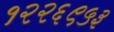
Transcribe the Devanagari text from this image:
१२२६९५३